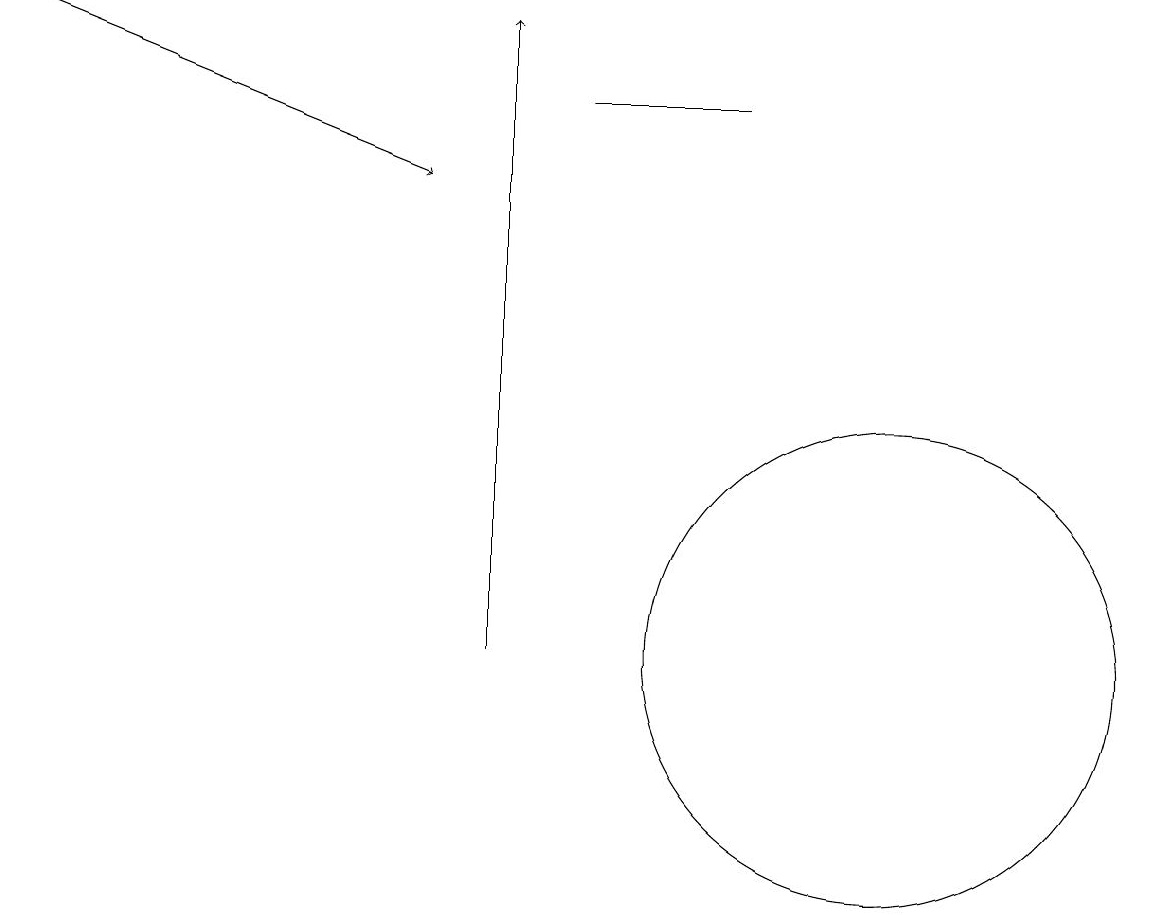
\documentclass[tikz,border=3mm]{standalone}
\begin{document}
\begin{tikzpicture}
\draw (11,11) circle (3);
\draw[->] (0,19) -- (5,17);
\draw (7,18) rectangle (9,18);
\draw[->] (6,11) -- (6,19);
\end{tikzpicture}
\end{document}